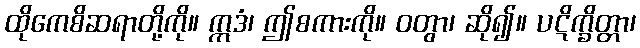
ထိုကေစိဆရာတို့ကို။ ဣဒံ၊ ဤစကားကို။ ဝတွာ၊ ဆို၍။ ပဋိက္ခိတ္တာ၊